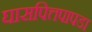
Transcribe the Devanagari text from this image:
घासपित्तपापडा